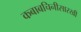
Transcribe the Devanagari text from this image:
कबाबचिनीसारखी